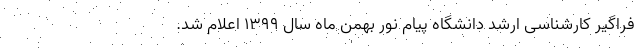
فراگیر کارشناسی ارشد دانشگاه پیام نور بهمن ماه سال ۱۳۹۹ اعلام شد.